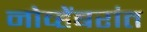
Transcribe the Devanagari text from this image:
नोव्हेंबरांत